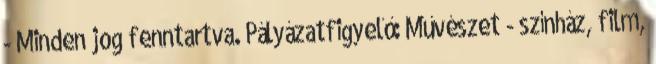
- Minden jog fenntartva. Pályázatfigyelő: Művészet - színház, film,